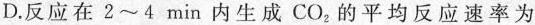
D.反应在2~4min内生成CO_{2}的平均反应速率为